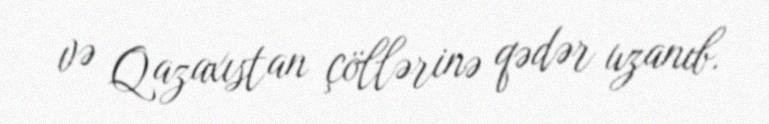
və Qazaxıstan çöllərinə qədər uzanıb.